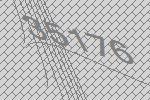
35176